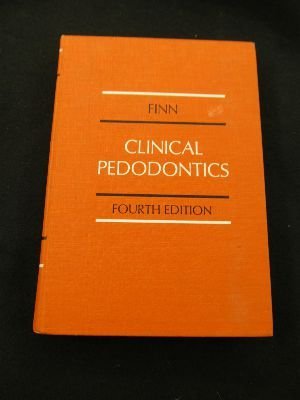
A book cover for Clinical Paedodontics; Sidney B. Finn; Medical Books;